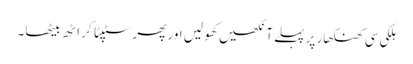
ہلکی سی کھنکھار پر پہلے آنکھیں کھو لیں اور پھر سٹپٹا کر اٹھ بیٹھا۔